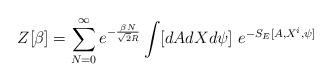
LaTeX: \begin{align*}Z[\beta]=\sum_{N=0}^\infty e^{-\frac{\beta N}{\sqrt{2}R}}\int [dAdXd\psi]~e^{-S_E[A,X^i,\psi]}\end{align*}